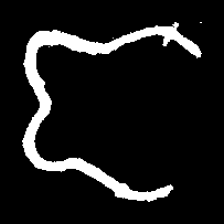
Pyu character \u2014 Myanmar letter: ဇ (romanized: ja)